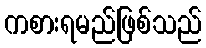
ကစားရမည်ဖြစ်သည်